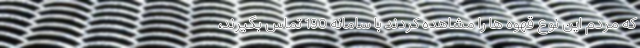
که مردم این نوع قهوه ها را مشاهده کردند با سامانه 190 تماس بگیرند،